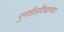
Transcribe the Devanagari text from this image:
गुणशीलविचक्षणस्य